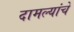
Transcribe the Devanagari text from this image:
दामल्यांचे